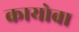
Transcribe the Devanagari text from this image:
कायोवा